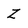
Character: Z